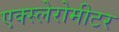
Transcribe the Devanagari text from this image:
एक्स्लेरोमीटर